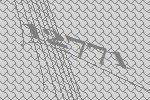
12771